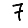
Digit: 7